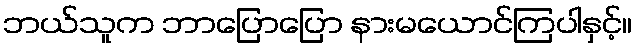
ဘယ်သူက ဘာပြောပြော နားမယောင်ကြပါနှင့်။